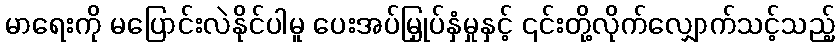
မာရေးကို မပြောင်းလဲနိုင်ပါမူ ပေးအပ်မြှုပ်နှံမှုနှင့် ၎င်းတို့လိုက်လျှောက်သင့်သည့်